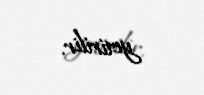
yetirilir.